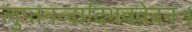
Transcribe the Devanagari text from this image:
लुप्तनन्दादिभववेदनः।